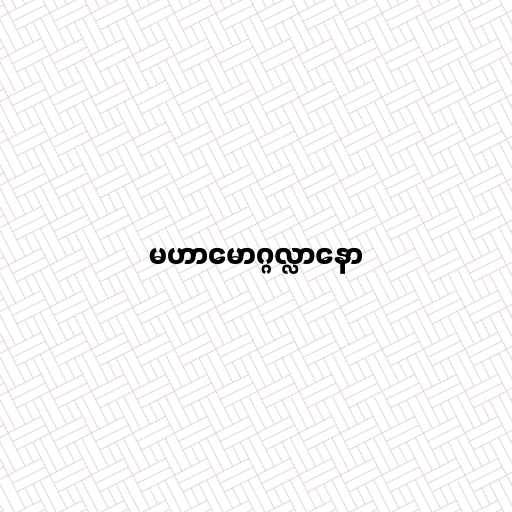
မဟာမောဂ္ဂလ္လာနော